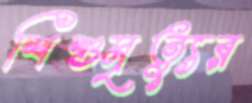
শিশুমৃত্যুর